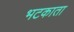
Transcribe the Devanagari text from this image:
भटकाता